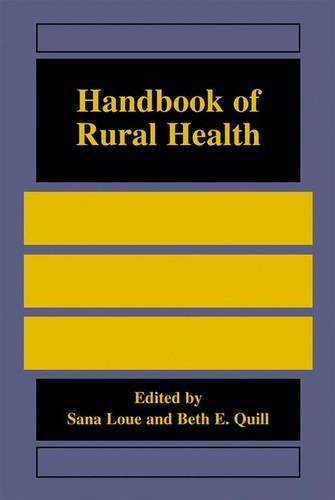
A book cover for Handbook of Rural Health; Medical Books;